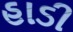
હાડી